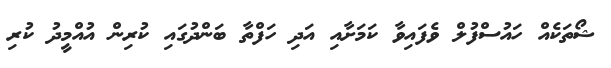
ޝޯތަކެއް ހައުސްފުލް ވެފައިވާ ކަމަށާއި އަދި ހަފްތާ ބަންދުގައި ކުރިން އުއްމީދު ކުރި